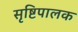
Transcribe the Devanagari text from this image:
सृष्टिपालक